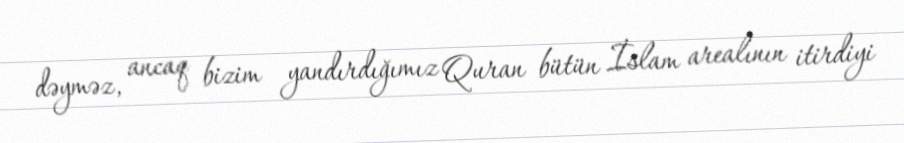
dəyməz, ancaq bizim yandırdığımız Quran bütün İslam arealının itirdiyi